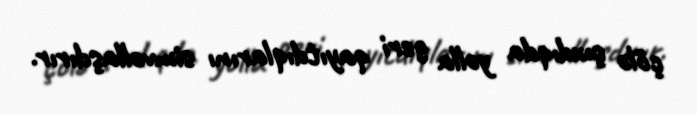
çölə çıxdıqda yolla geri qayıtdıqlarını simvollaşdırır.